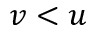
v < u